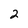
Character: 2